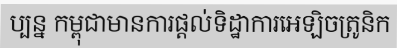
ប្បន្ន កម្ពុជាមានការផ្តល់ទិដ្ឋាការអេឡិចត្រូនិក